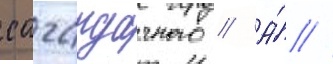
сагаидачного // А́ //